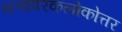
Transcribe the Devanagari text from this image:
सत्तापरकलोकोत्तर